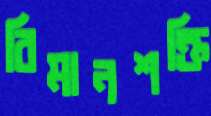
বিমানশক্তি